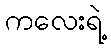
ကလေးရဲ့